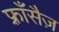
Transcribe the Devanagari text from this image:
फ़्राँसैज़